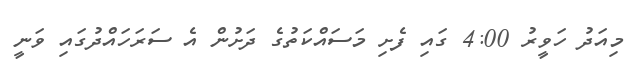
މިއަދު ހަވީރު 4:00 ގައި ފެށި މަސައްކަތުގެ ދަށުން އެ ސަރަހައްދުގައި ވަނީ